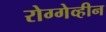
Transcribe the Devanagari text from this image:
रोग्गेव्हीन